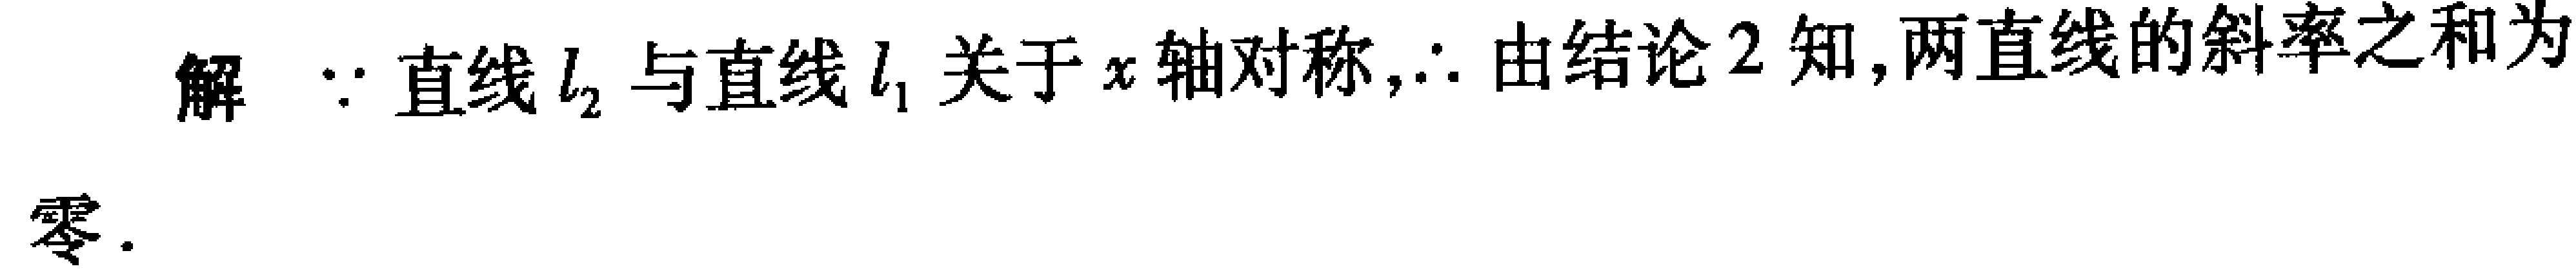
解 $\because$ 直线 $l_{2}$ 与直线 $l_{1}$ 关于 $x$ 轴对称,$\therefore$ 由结论 2 知,两直线的斜率之和为零.